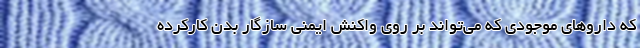
که دارو‌های موجودی که می‌تواند بر روی واکنش ایمنی سازگار بدن کارکرده